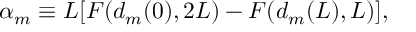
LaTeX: { \alpha } _ { m } \equiv L [ { \cal F } ( d _ { m } ( 0 ) , 2 L ) - { \cal F } ( d _ { m } ( L ) , L ) ] ,